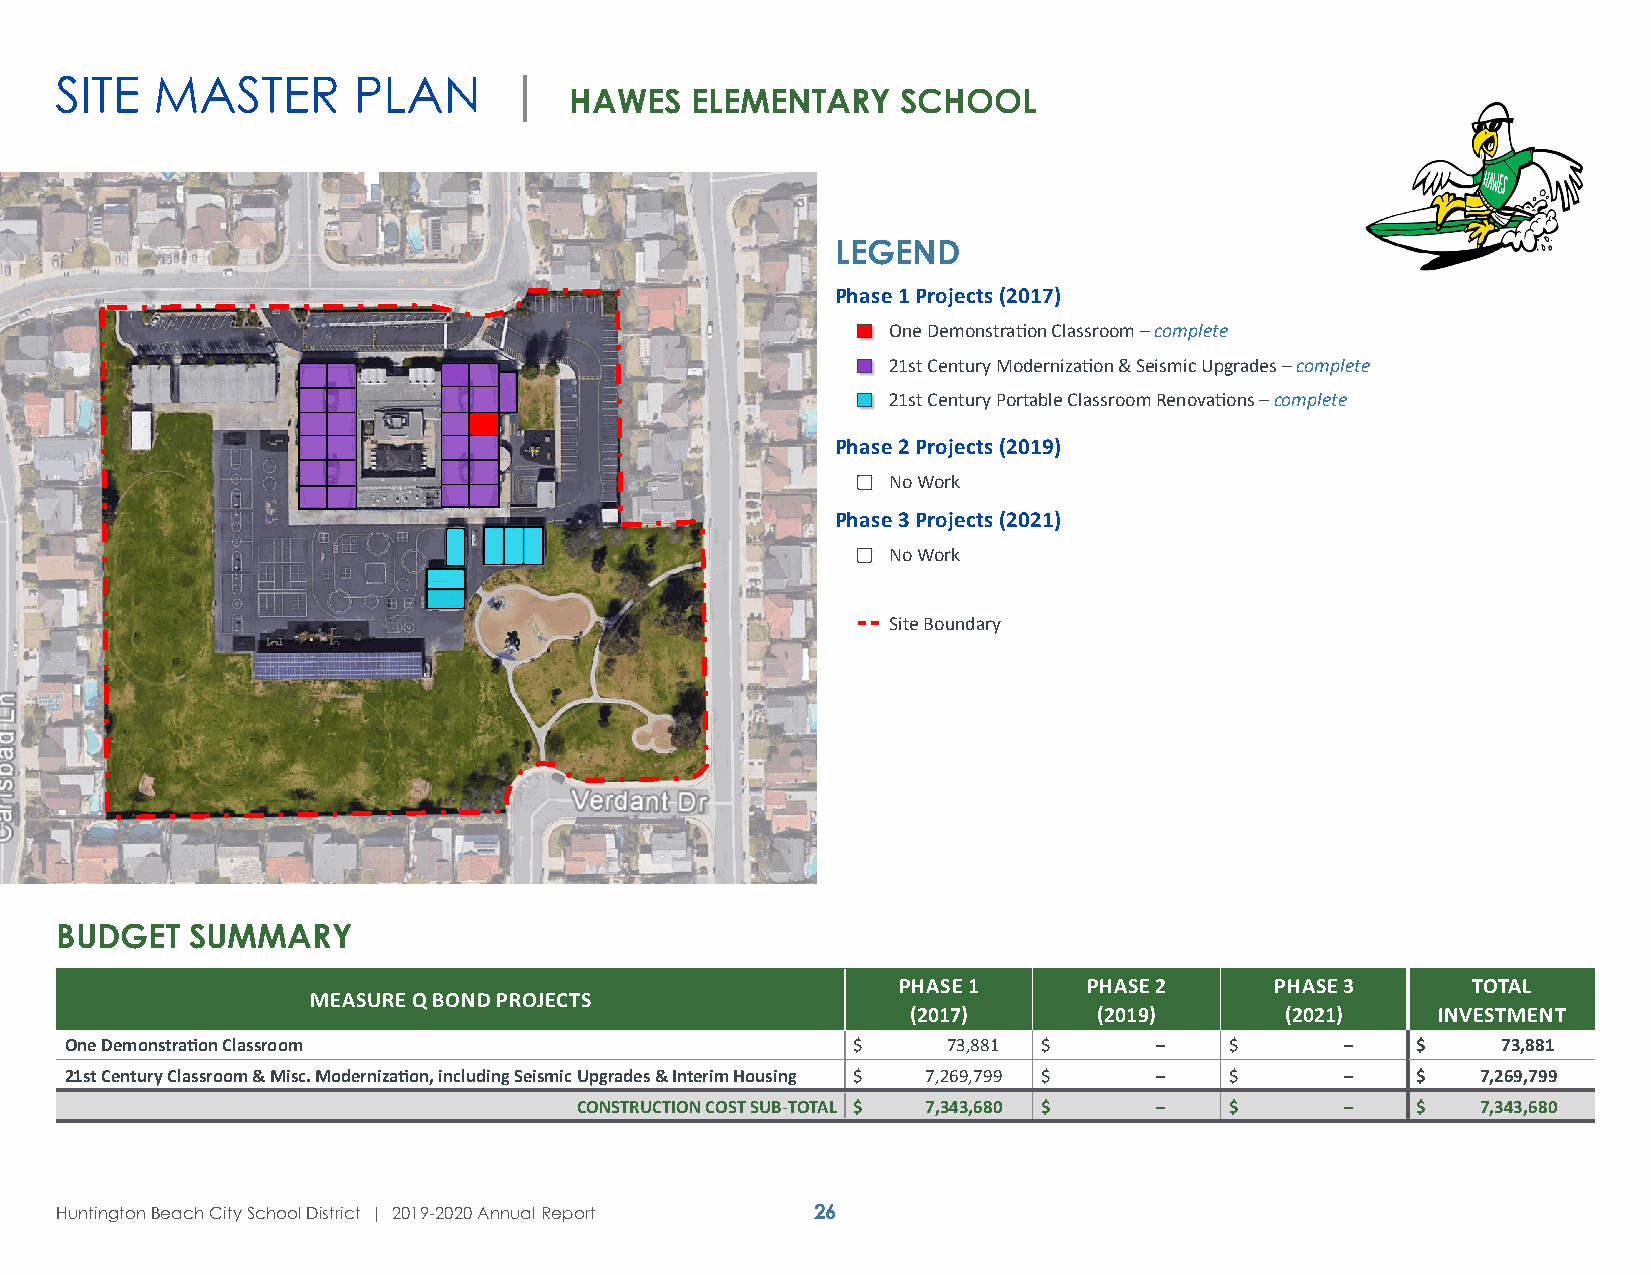
SITE  MASTER       PLAN       |
 HAWES   ELEMENTARY    SCHOOL
 LEGEND
 Phase 1 Projects (2017)
 One Demonstration Classroom – complete
 21st Century Modernization & Seismic Upgrades – complete
 21st Century Portable Classroom Renovations – complete
 Phase 2 Projects (2019)
 No Work
 Phase 3 Projects (2021)
 No Work
 Site Boundary
 BUDGET   SUMMARY
 PHASE 1      PHASE 2     PHASE 3      TOTAL
 MEASURE Q BOND PROJECTS
 (2017)       (2019)      (2021)    INVESTMENT
 One Demonstration Classroom                         $      73,881 $      –   $       –    $    73,881
 21st Century Classroom & Misc. Modernization, including Seismic Upgrades & Interim Housing $ 7,269,799 $ – $ – $ 7,269,799
 CONSTRUCTION COST SUB-TOTAL $ 7,343,680 $ – $      –    $   7,343,680
 Huntington Beach City School District | 2019-2020 Annual Report 26